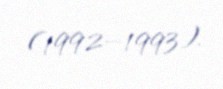
(1992–1993).